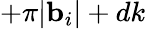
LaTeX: +\pi|{\mathbf b}_{i}|+dk